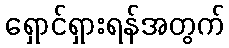
ရှောင်ရှားရန်အတွက်